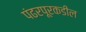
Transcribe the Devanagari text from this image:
पंढरपूरकडील